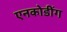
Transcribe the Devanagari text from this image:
एनकोडींग